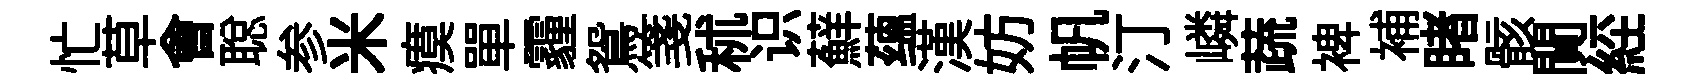
忙草㑹聪参米瘼單霾鴛箋秫识蘚蕴漢妨帆汀嶙蔬裨補睹骸閴𦀇